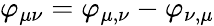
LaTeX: \varphi_{\mu\nu}=\varphi_{\mu,\nu}-\varphi_{\nu,\mu}